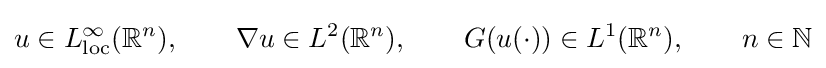
u\in L_{\mathrm {loc} }^{\infty }(\mathbb {R} ^{n}),\qquad \nabla u\in L^{2}(\mathbb {R} ^{n}),\qquad G(u(\cdot ))\in L^{1}(\mathbb {R} ^{n}),\qquad n\in \mathbb {N}